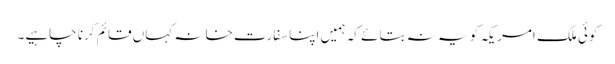
کوئی ملک امریکہ کو یہ نہ بتائے کہ ہمیں اپنا سفارت خانہ کہاں قائم کرنا چاہیے۔